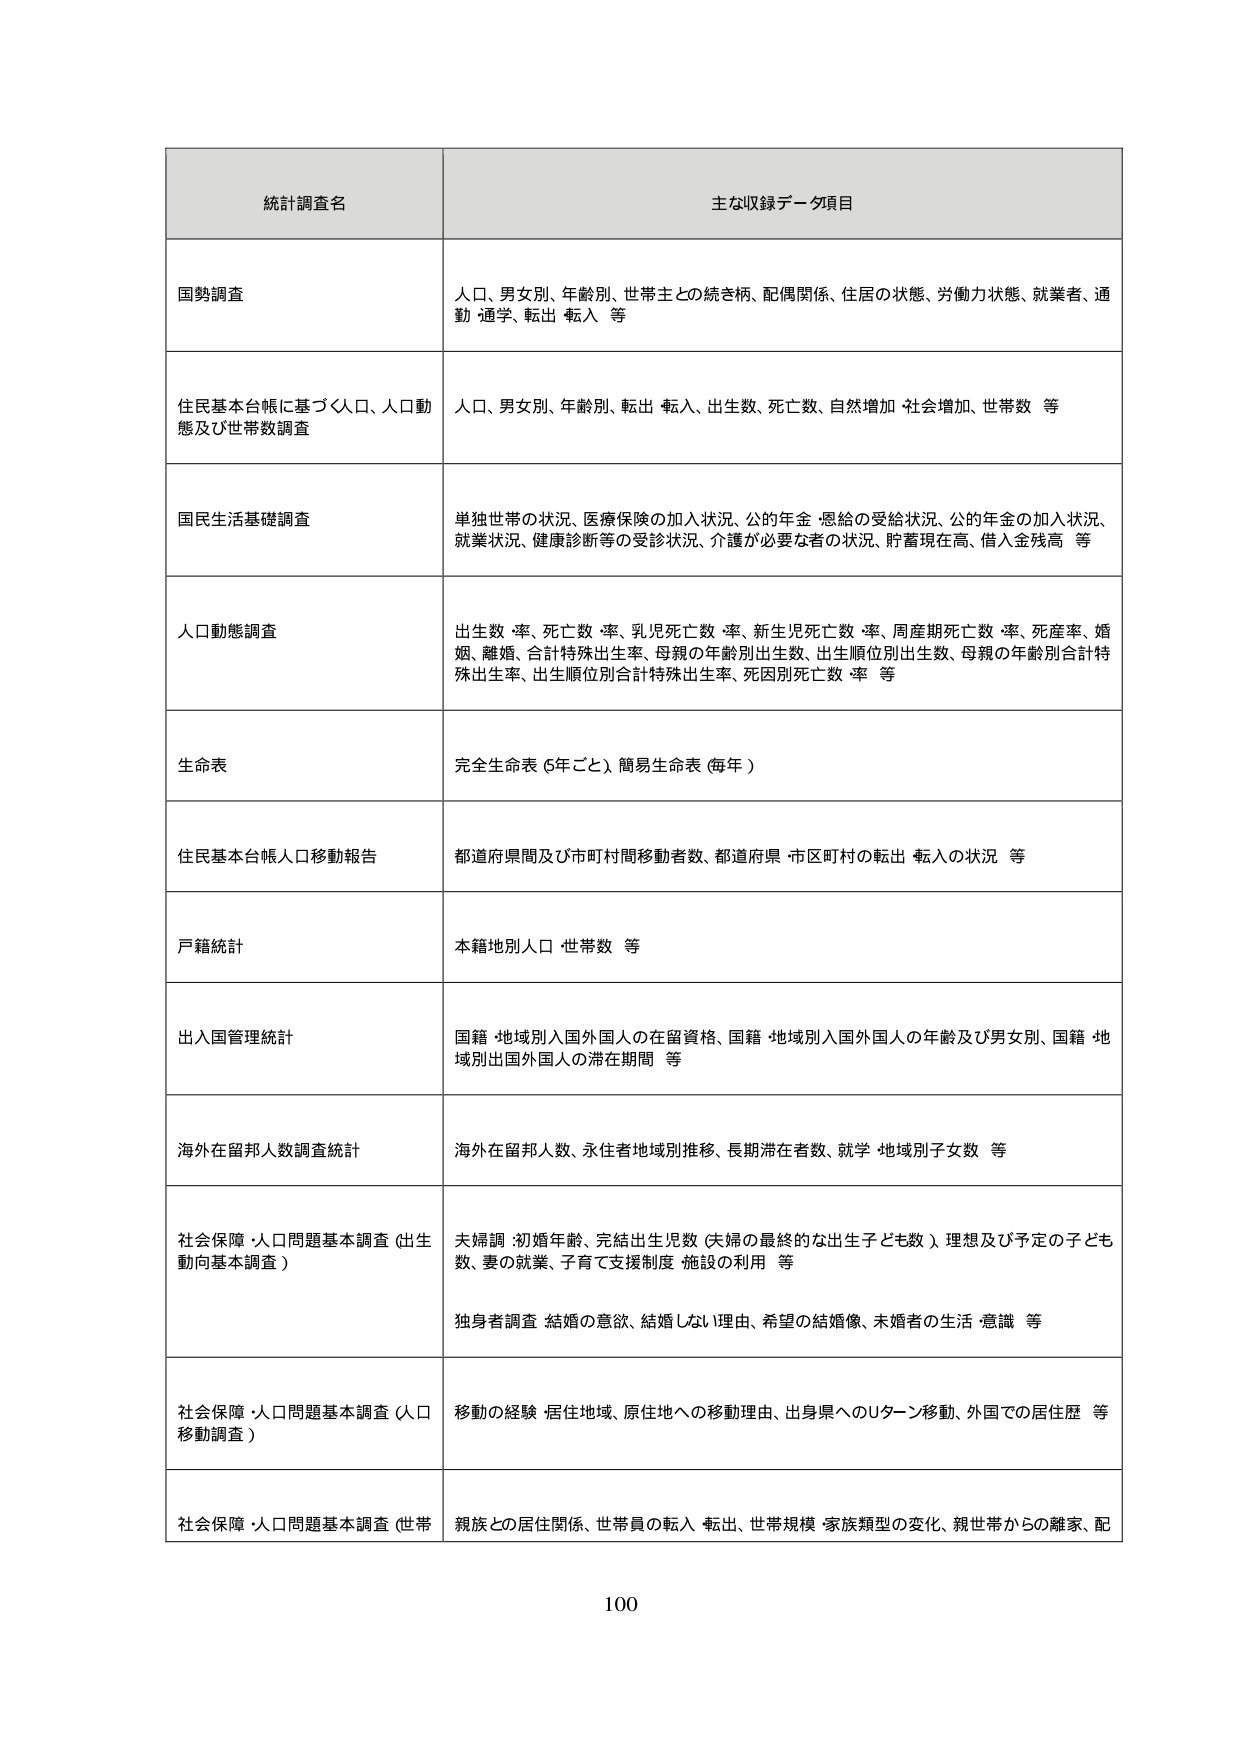
統計調査名
主な収録データ項目

国勢調査
人口、男女別、年齢別、世帯主との続柄、配偶関係、住居の状態、労働力状態、就業者、通勤・通学、転出・転入 等

住民基本台帳に基づく人口、人口動態及び世帯数調査
人口、男女別、年齢別、転出・転入、出生数、死亡数、自然増加・社会増加、世帯数 等

国民生活基礎調査
単独世帯の状況、医療保険の加入状況、公的年金・恩給の受給状況、公的年金の加入状況、就業状況、健康診断等の受診状況、介護が必要な者の状況、貯蓄現在高、借入金残高 等

人口動態調査
出生数・率、死亡数・率、乳児死亡数・率、新生児死亡数・率、周産期死亡数・率、死産率、婚姻、離婚、合計特殊出生率、母親の年齢別出生数、出生順位別出生数、母親の年齢別合計特殊出生率、出生順位別合計特殊出生率、死因別死亡数・率 等

生命表
完全生命表（5年ごと）、簡易生命表（毎年）

住民基本台帳人口移動報告
都道府県間及び市町村間移動者数、都道府県・市区町村の転出・転入の状況 等

戸籍統計
本籍地別人口・世帯数 等

出入国管理統計
国籍・地域別入国外国人の在留資格、国籍・地域別入国外国人の年齢及び男女別、国籍・地域別出國外国人の滞在期間 等

海外在留邦人数調査統計
海外在留邦人数、永住者地域別推移、長期滞在者数、就学・地域別子女数 等

社会保障・人口問題基本調査（出生動向基本調査）
夫婦調：初婚年齢、完結出生児数（夫婦の最終的な出生子ども数）、理想及び予定の子ども数、妻の就業、子育て支援制度・施設の利用 等
独身者調査：結婚の意欲、結婚しない理由、希望の結婚像、未婚者の生活・意識 等

社会保障・人口問題基本調査（人口移動調査）
移動の経験・居住地域、原住地への移動理由、出身県へのUターン移動、外国での居住歴 等

社会保障・人口問題基本調査（世帯
親族との居住関係、世帯員の転入・転出、世帯規模・家族類型の変化、親世帯からの離家、配

100